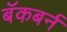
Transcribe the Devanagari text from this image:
बॅकबर्न